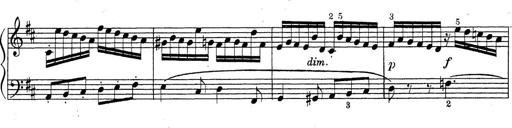
Title: ÄŒeskÃ© Sonatiny
Composer: Various